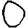
Digit: 0